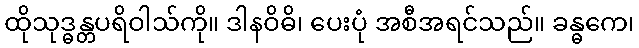
ထိုသုဒ္ဓန္တပရိဝါသ်ကို။ ဒါနဝိဓိ၊ ပေးပုံ အစီအရင်သည်။ ခန္ဓကေ၊